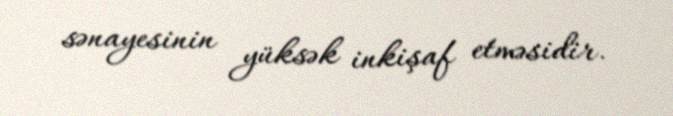
sənayesinin yüksək inkişaf etməsidir.